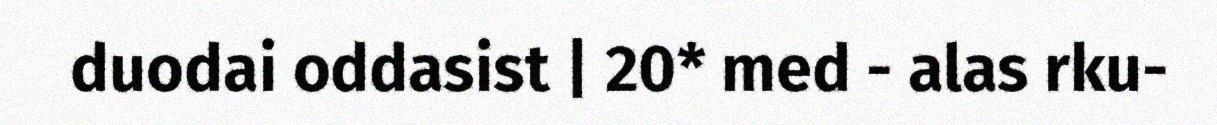
duodai oddasist | 20* med - alas rku-